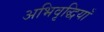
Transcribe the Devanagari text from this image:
अभिवृद्धियाँ